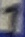
Text: 1